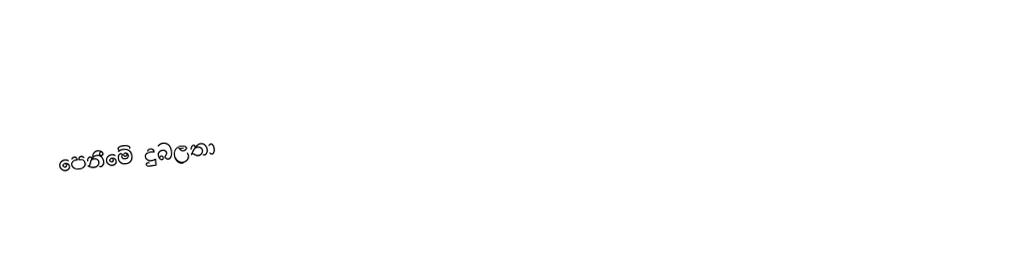
පෙනීමේ දුබලතා